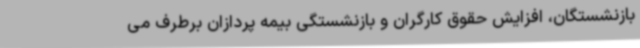
بازنشستگان، افزایش حقوق کارگران و بازنشستگی بیمه پردازان برطرف می